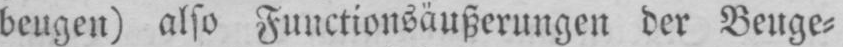
beugen) also Functionsäußerungen der Beuge⸗